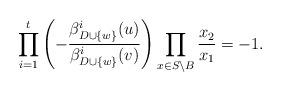
LaTeX: \begin{align*}\prod_{i=1}^{t} \left(-\frac{\beta_{D \cup \{w\}}^{i}(u)}{\beta_{D \cup \{w\}}^{i}(v)} \right) \prod_{x \in S \setminus B} \frac{x_{2}}{x_{1}} = -1.\end{align*}